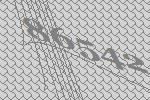
86542